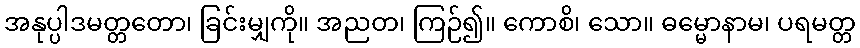
အနုပ္ပါဒမတ္တတော၊ ခြင်းမျှကို။ အညတ၊ ကြဉ်၍။ ကောစိ၊ သော။ ဓမ္မောနာမ၊ ပရမတ္တ